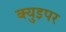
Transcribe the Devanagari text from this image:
क्युइपर